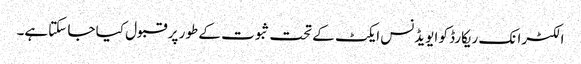
الکٹرانک ریکارڈ کو ایویڈنس ایکٹ کے تحت ثبوت کے طور پر قبول کیا جا سکتاہے۔